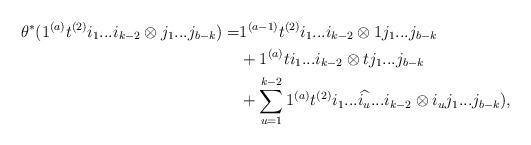
LaTeX: \begin{align*} \theta^{*}(1^{(a)}t^{(2)}i_1...i_{k-2}\otimes j_1...j_{b-k}) = &1^{(a-1)}t^{(2)}i_{1}...i_{k-2}\otimes1j_1...j_{b-k}\\ &+1^{(a)}ti_1...i_{k-2}\otimes tj_1...j_{b-k}\\ &+\sum_{u=1}^{k-2}1^{(a)}t^{(2)}i_1...\widehat{i_u}...i_{k-2} \otimes i_uj_1...j_{b-k}),\end{align*}